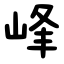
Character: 峰